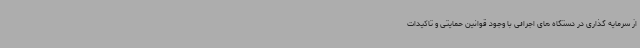
از سرمایه گذاری در دستگاه های اجرائی با وجود قوانین حمایتی و تاکیدات